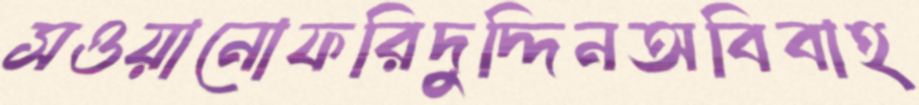
সওয়ানোফরিদুদ্দিনঅবিবাহ